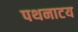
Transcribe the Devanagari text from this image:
पथनाटय